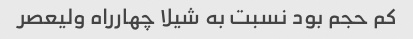
کم حجم بود نسبت به شیلا چهارراه ولیعصر